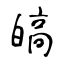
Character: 皜